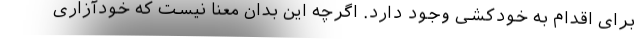
برای اقدام به خودکشی وجود دارد. اگرچه این بدان معنا نیست که خودآزاری